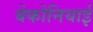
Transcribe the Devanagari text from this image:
बेकोनियाई